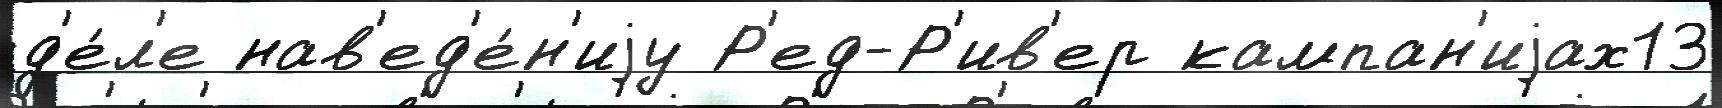
д'е́л'е нав'ед'е́н'иjу Р'ед-Р'ив'ер кампан'иjах13